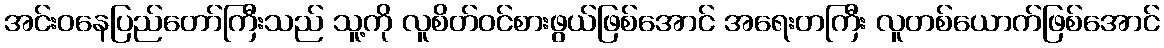
အင်းဝနေပြည်တော်ကြီးသည် သူ့ကို လူစိတ်ဝင်စားဖွယ်ဖြစ်အောင် အရေးတကြီး လူတစ်ယောက်ဖြစ်အောင်